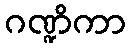
ဂဏ္ဍိကာ